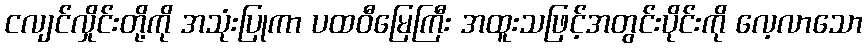
ငလျင်လှိုင်းတို့ကို အသုံးပြုကာ ပထဝီမြေကြီး အထူးသဖြင့်အတွင်းပိုင်းကို လေ့လာသော